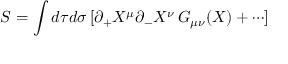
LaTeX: S = \int d \tau d \sigma \, [ \partial _ { + } X ^ { \mu } \partial _ { - } X ^ { \nu } \, G _ { \mu \nu } ( X ) + \cdots ]